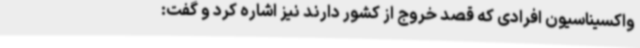
واکسیناسیون افرادی که قصد خروج از کشور دارند نیز اشاره کرد و گفت: